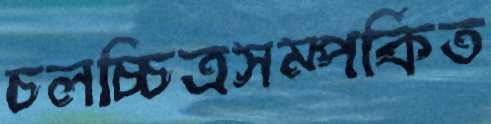
চলচ্চিত্রসম্পর্কিত